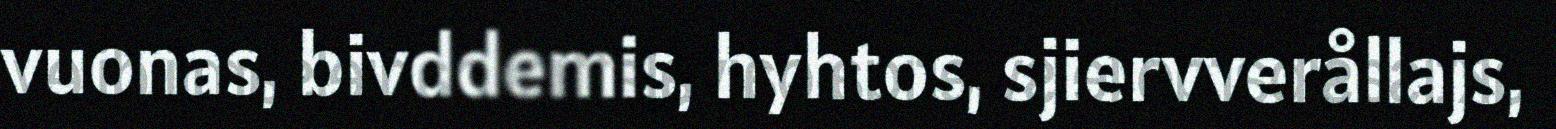
vuonas, bivddemis, hyhtos, sjiervverållajs,